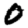
Digit: 0